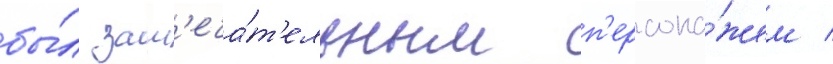
бы́л зам'еча́т'ельным п'ерсона́жем /